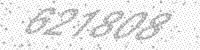
Solution: 621808